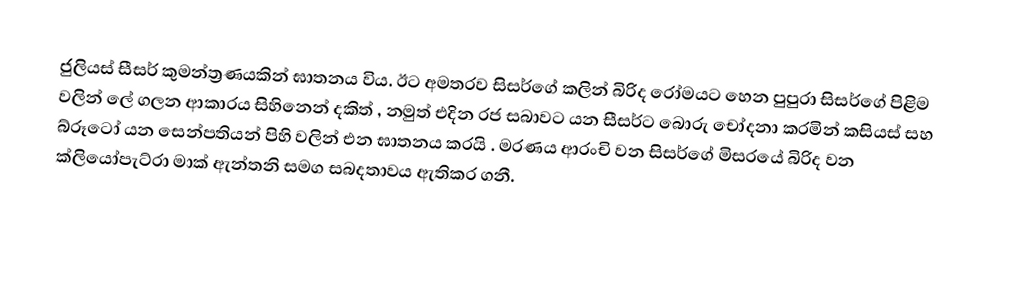
ජුලියස් සීසර් කුමන්ත්‍රණයකින් ඝාතනය විය. ඊට අමතරව සිසර්ගේ කලින් බිරිද රෝමයට හෙන පුපුරා සිසර්ගේ පිළිම වලින් ලේ ගලන ආකාරය සිහිනෙන් දකිත් , නමුත් එදින රජ සබාවට යන සීසර්ට බොරු චෝදනා කරමින් කසියස් සහ බ්රූටෝ යන සෙන්පතියන් පිහි වලින් එන ඝාතනය කරයි . මරණය ආරංචි වන සිසර්ගේ මිසරයේ බිරිද වන ක්ලියෝපැට්රා මාක් ඇන්තනි සමග සබදතාවය ඇතිකර ගනී.